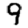
Digit: 9